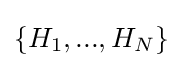
\{H_{1},...,H_{N}\}